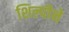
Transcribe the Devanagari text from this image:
शिल्पीने